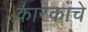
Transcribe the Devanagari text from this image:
कारकाचे